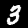
Label: 3